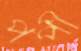
পপী